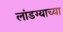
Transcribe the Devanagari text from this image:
लांडग्याच्या